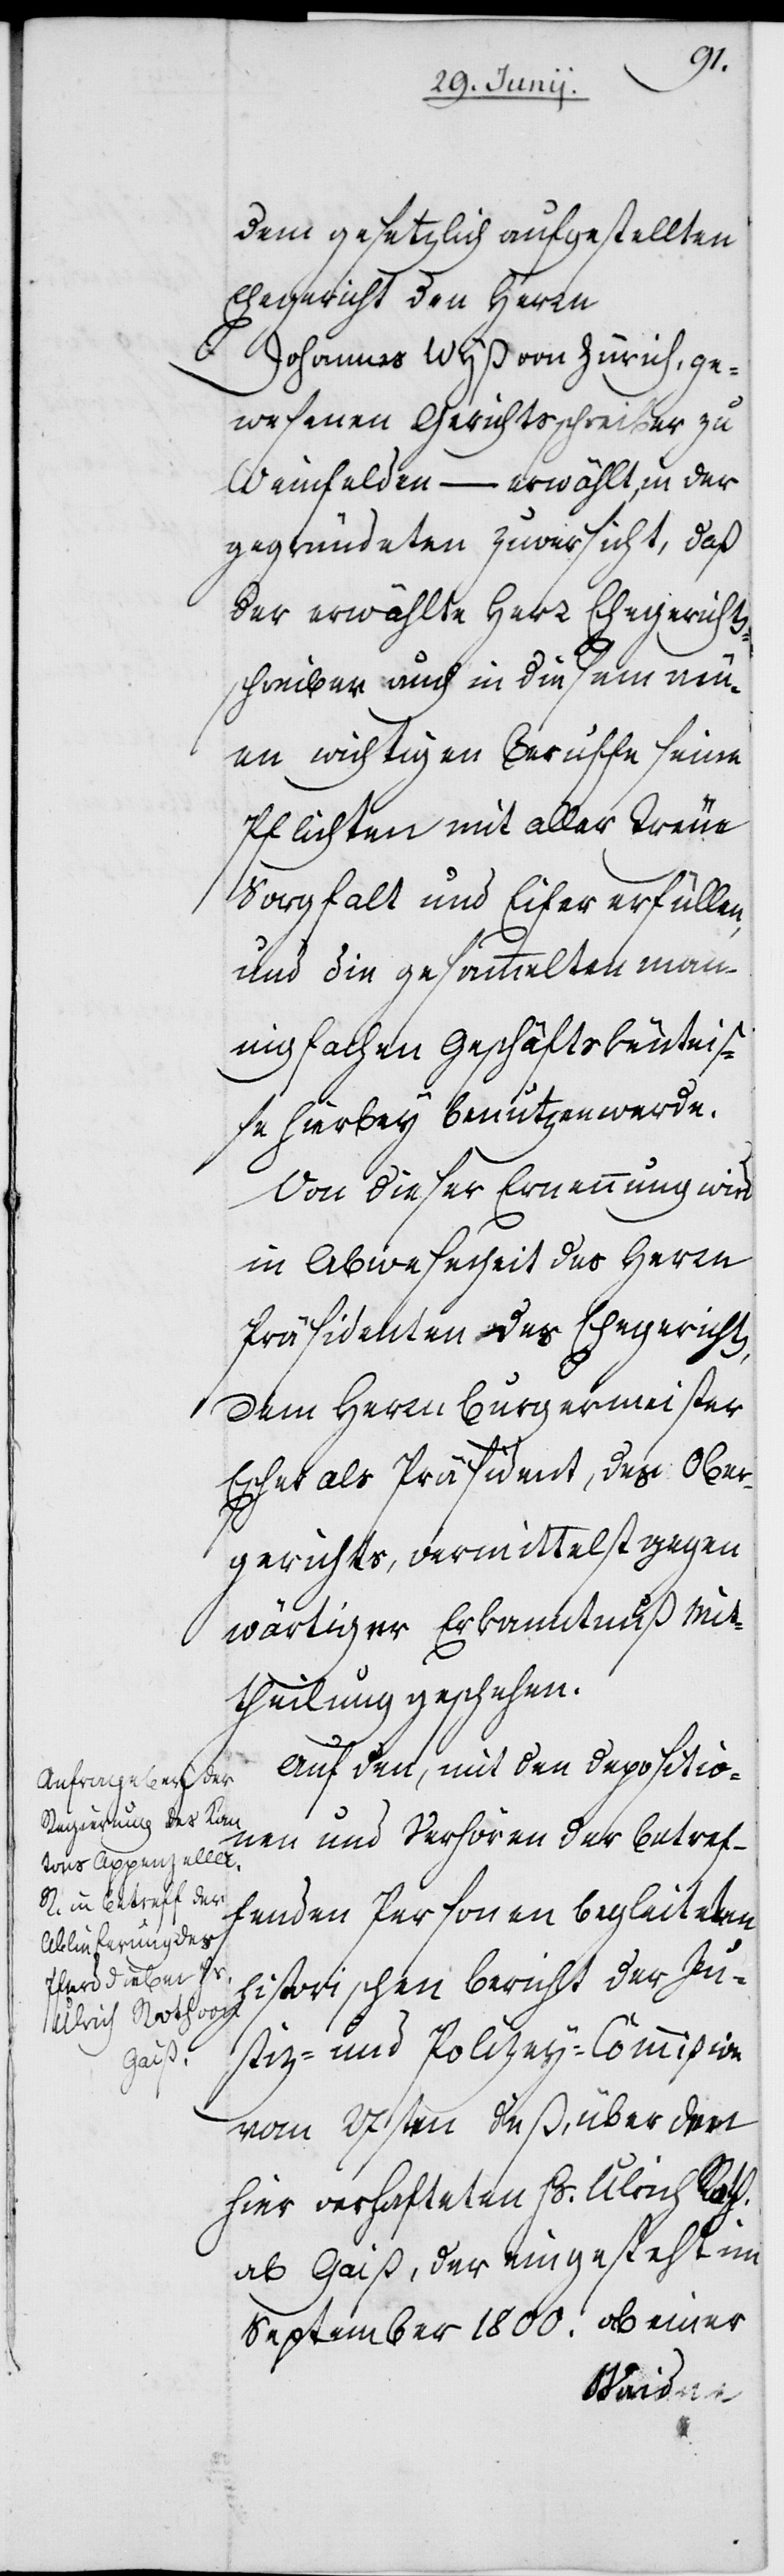
dem gesetzlich aufgestellten
Ehegericht den Herrn
Johannes Wyß von Zürich, ge¬
wesenen Gerichtsschreiber zu
Weinfelden – erwählt, in der
gegründeten Zuversicht, daß
der erwählte Herr Ehegerichtss¬
chreiber auch in diesem neu¬
en wichtigen Beruffe seine
Pflichten mit aller Treue
Sorgfalt und Eifer erfüllen,
und die gesammelten man¬
nigfachen Geschäftskenntniß¬
e hierbey benutzen werde.
Von dieser Ernennung wird
in Abwesenheit des Herrn
Präsidenten des Ehegerichts,
dem Herrn Burgermeister
Escher als Präsident, des Ober¬
gerichts, vermittelst gegen¬
wärtiger Erkanntnuß Mit¬
theilung geschehen.
Auf den, mit den Depositio¬
nen und Verhören der betref¬
fenden Personen begleiteten
historischen Bericht der Ju¬
stiz- und Polizey-Commißion
vom 27sten dieß, über den
hier verhafteten Hs. Ulrich Roth,
ab Gaiß, der eingesteht im
September 1800. ab einer